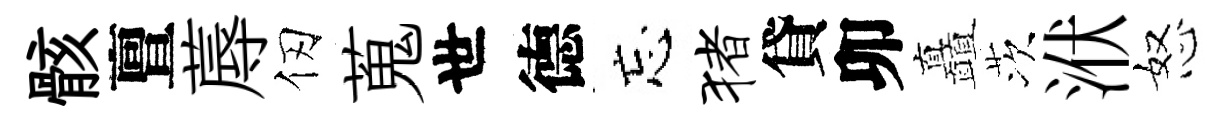
骸亶蓐仞蒐世德忘猪貸卯矗茨洑怒